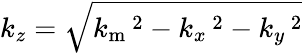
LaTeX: k_{z}=\sqrt{k_{\mathrm{m}}\, \! \! \, \! \, \, \! \, \, \! \! \, \! \, \, \! \! \, \! \! \, \! \, \, \! \! \, \! \! \, \! \, \, \! \, \, \! \! \, \! \, \, \! \! \, \! \! \, \! \, \, \! \, \, \! \! \, \! \, \, \! \, \, \! \! \, \! \, \, \! \! \, \! \! \, \! \, \, \! \, \, \! \! \, \! \, \, \! \, \, \! \! ^{2}-k_{x}\, \! \! \, \! \, \, \! \, \, \! \! \, \! \, \, \! \! \, \! \! \, \! \, \, \! \! \, \! \! \, \! \, \, \! \, \, \! \! \, \! \, \, \! \! \, \! \! \, \! \, \, \! \, \, \! \! \, \! \, \, \! \, \, \! \! \, \! \, \, \! \! \, \! \! \, \! \, \, \! \, \, \! \! \, \! \, \, \! \, \, \! \! ^{2}-k_{y}\, \! \! \, \! \, \, \! \, \, \! \! \, \! \, \, \! \! \, \! \! \, \! \, \, \! \! \, \! \! \, \! \, \, \! \, \, \! \! \, \! \, \, \! \! \, \! \! \, \! \, \, \! \, \, \! \! \, \! \, \, \! \, \, \! \! \, \! \, \, \! \! \, \! \! \, \! \, \, \! \, \, \! \! \, \! \, \, \! \, \, \! \! ^{2}}